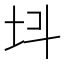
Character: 𡉜